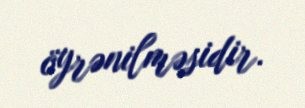
öyrənilməsidir.